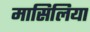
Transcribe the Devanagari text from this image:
मासिलिया